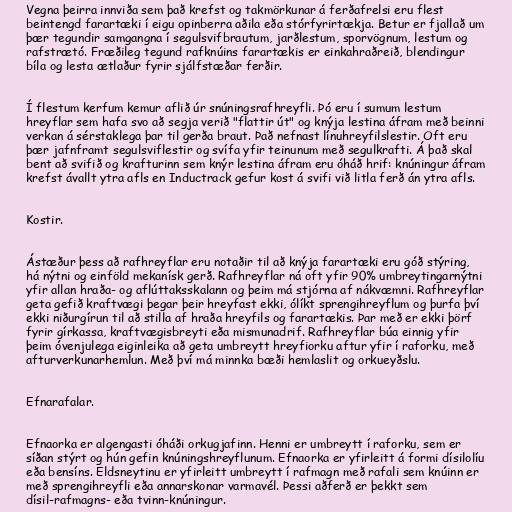
Vegna þeirra innviða sem það krefst og takmörkunar á ferðafrelsi eru flest
beintengd farartæki í eigu opinberra aðila eða stórfyrirtækja. Betur er fjallað um
þær tegundir samgangna í segulsvifbrautum, jarðlestum, sporvögnum, lestum og
rafstrætó. Fræðileg tegund rafknúins farartækis er einkahraðreið, blendingur
bíla og lesta ætlaður fyrir sjálfstæðar ferðir.

Í flestum kerfum kemur aflið úr snúningsrafhreyfli. Þó eru í sumum lestum
hreyflar sem hafa svo að segja verið "flattir út" og knýja lestina áfram með beinni
verkan á sérstaklega þar til gerða braut. Það nefnast línuhreyfilslestir. Oft eru
þær jafnframt segulsviflestir og svífa yfir teinunum með segulkrafti. Á það skal
bent að svifið og krafturinn sem knýr lestina áfram eru óháð hrif: knúningur áfram
krefst ávallt ytra afls en Inductrack gefur kost á svifi við litla ferð án ytra afls.

Kostir.

Ástæður þess að rafhreyflar eru notaðir til að knýja farartæki eru góð stýring,
há nýtni og einföld mekanísk gerð. Rafhreyflar ná oft yfir 90% umbreytingarnýtni
yfir allan hraða- og aflúttaksskalann og þeim má stjórna af nákvæmni. Rafhreyflar
geta gefið kraftvægi þegar þeir hreyfast ekki, ólíkt sprengihreyflum og þurfa því
ekki niðurgírun til að stilla af hraða hreyfils og farartækis. Þar með er ekki þörf
fyrir gírkassa, kraftvægisbreyti eða mismunadrif. Rafhreyflar búa einnig yfir
þeim óvenjulega eiginleika að geta umbreytt hreyfiorku aftur yfir í raforku, með
afturverkunarhemlun. Með því má minnka bæði hemlaslit og orkueyðslu.

Efnarafalar.

Efnaorka er algengasti óháði orkugjafinn. Henni er umbreytt í raforku, sem er
síðan stýrt og hún gefin knúningshreyflunum. Efnaorka er yfirleitt á formi dísilolíu
eða bensíns. Eldsneytinu er yfirleitt umbreytt í rafmagn með rafali sem knúinn er
með sprengihreyfli eða annarskonar varmavél. Þessi aðferð er þekkt sem
dísil-rafmagns- eða tvinn-knúningur.